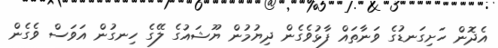
އެދޮން ހަށިގަނޑުގެ ވަނާތައް ފާޅުވެގެން ދިޔުމުން ޔޫޝައުގެ ލޭގެ ހިނގުން އަވަސް ވެގެން